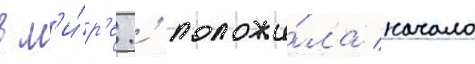
в м'и́р'е.' положи́ла начало